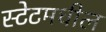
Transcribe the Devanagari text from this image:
स्टेटमधील